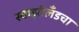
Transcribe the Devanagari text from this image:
स्वाझीलँडचा